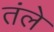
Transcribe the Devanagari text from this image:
तंले